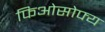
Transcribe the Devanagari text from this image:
फिओसोफ्य